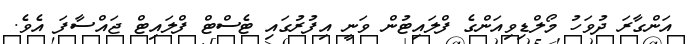
އަންގާރަ ދުވަހު މޯލްޑިވިއަންގެ ފްލައިޓުން ވަނީ އިފުރުގައި ޓެސްޓް ފްލައިޓް ޖައްސާފަ އެވެ.